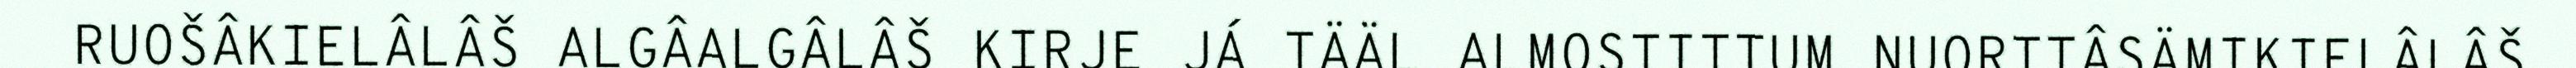
RUOŠÂKIELÂLÂŠ ALGÂALGÂLÂŠ KIRJE JÁ TÄÄL ALMOSTITTUM NUORTTÂSÄMIKIELÂLÂŠ